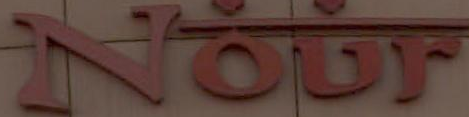
Nour